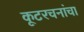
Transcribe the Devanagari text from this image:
कूटरचनांचा